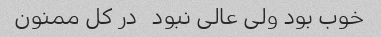
خوب بود ولی عالی نبود ‌ ‌ در کل ممنون